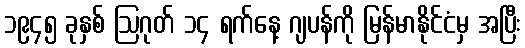
၁၉၄၅ ခုနှစ် ဩဂုတ် ၁၄ ရက်နေ့ ဂျပန်ကို မြန်မာနိုင်ငံမှ အပြီး